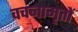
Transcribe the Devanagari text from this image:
वचनामृतों